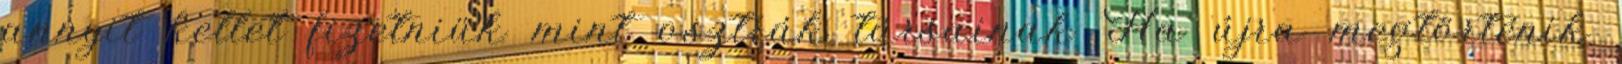
annyit kellet fizetniük mint osztrák társainak Ha újra megtörténik